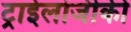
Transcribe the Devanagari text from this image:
ट्राईलोजीकी